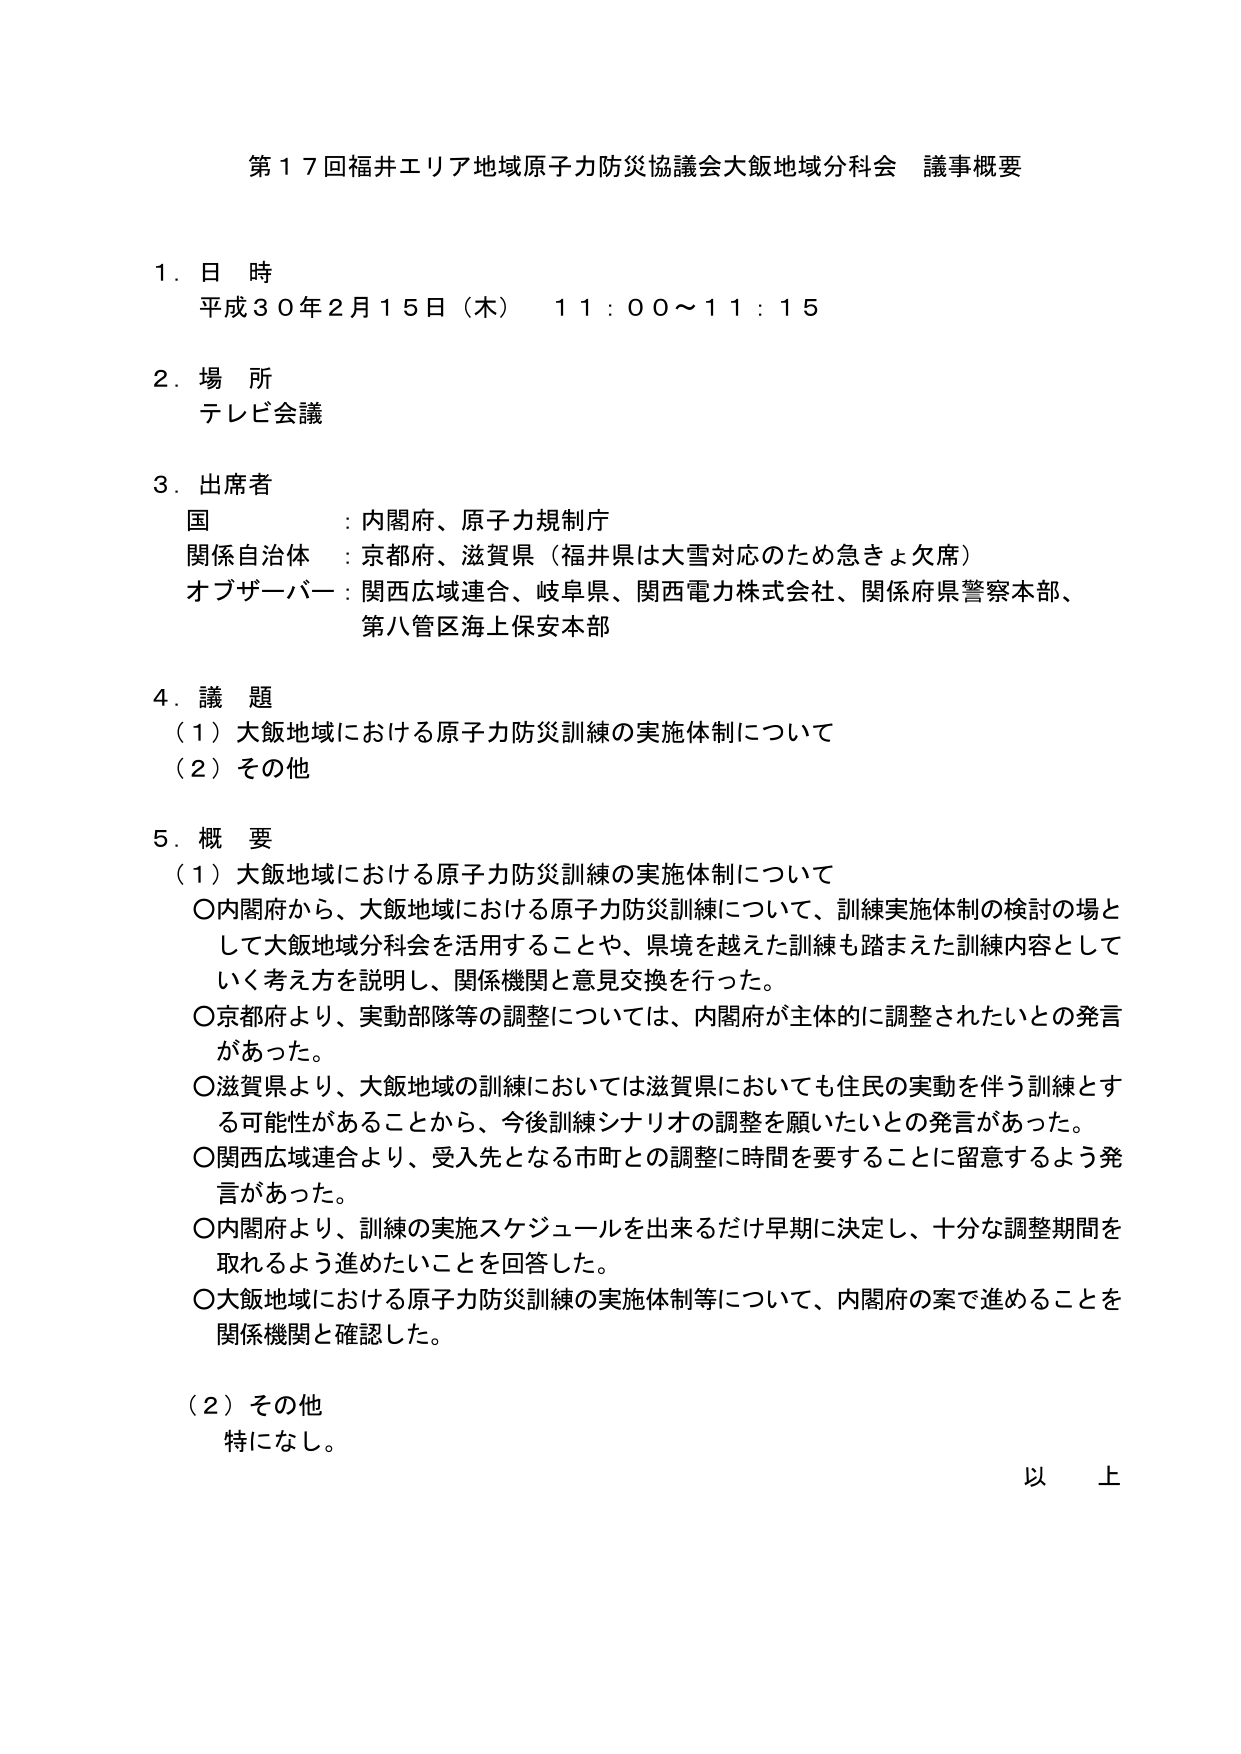
第１７回福井エリア地域原子力防災協議会大飯地域分科会 議事概要

１．日 時
平成３０年２月１５日（木） １１：００～１１：１５

２．場 所
テレビ会議

３．出席者
国 ：内閣府、原子力規制庁
関係自治体 ：京都府、滋賀県（福井県は大雪対応のため急きょ欠席）
オブザーバー ：関西広域連合、岐阜県、関西電力株式会社、関係府県警察本部、
　　　　　　　第八管区海上保安本部

４．議 題
（１）大飯地域における原子力防災訓練の実施体制について
（２）その他

５．概 要
（１）大飯地域における原子力防災訓練の実施体制について
　○内閣府から、大飯地域における原子力防災訓練について、訓練実施体制の検討の場と
　　して大飯地域分科会を活用することや、県境を越えた訓練も踏まえた訓練内容として
　　いく考え方を説明し、関係機関と意見交換を行った。
　○京都府より、実動部隊等の調整については、内閣府が主体的に調整されたいとの発言
　　があった。
　○滋賀県より、大飯地域の訓練においては滋賀県においても住民の実動を伴う訓練とす
　　る可能性があることから、今後訓練シナリオの調整を願いたいとの発言があった。
　○関西広域連合より、受入先となる市町との調整に時間を要することに留意するよう発
　　言があった。
　○内閣府より、訓練の実施スケジュールを出来るだけ早期に決定し、十分な調整期間を
　　取れるよう進めたいことを回答した。
　○大飯地域における原子力防災訓練の実施体制等について、内閣府の案で進めることを
　　関係機関と確認した。

（２）その他
　特になし。

以 上